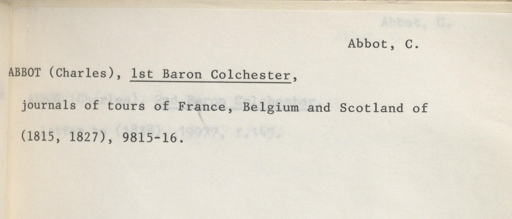
Label: content